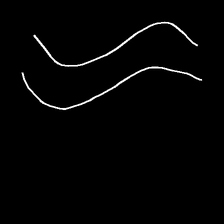
Glyph: float